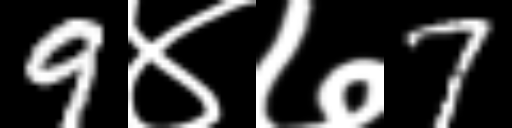
Text: 9४७7